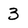
Character: 3